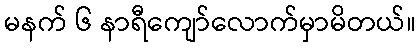
မနက် ၆ နာရီကျော်လောက်မှာမိတယ်။